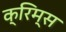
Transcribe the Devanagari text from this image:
क्रिम्स